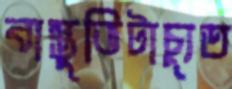
বাস্তুভিটাচ্যুত